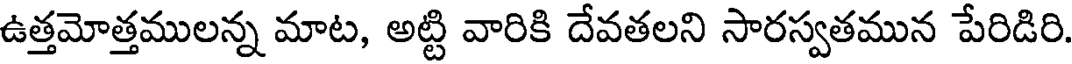
ఉత్తమోత్తములన్న మాట, అట్టి వారికి దేవతలని సారస్వతమున పేరిడిరి